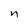
Character: n